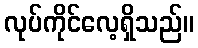
လုပ်ကိုင်လေ့ရှိသည်။